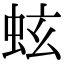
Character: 蚿